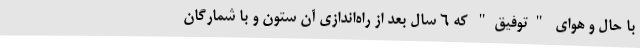
با حال و هوای "توفیق" که 6 سال بعد از راه‌اندازی آن ستون و با شمارگان